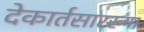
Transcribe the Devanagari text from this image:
देकार्तसारख्या